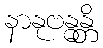
နာနုဗန္ဓန္တိ